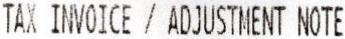
TAX INVOICE / ADJUSTMENT NOTE